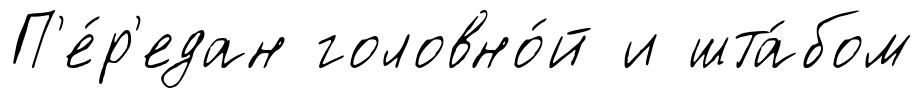
П'е́р'едан головно́й и шта́бом